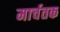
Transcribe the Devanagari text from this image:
मार्चतक